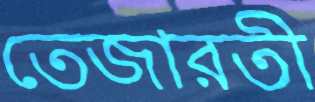
তেজারতী